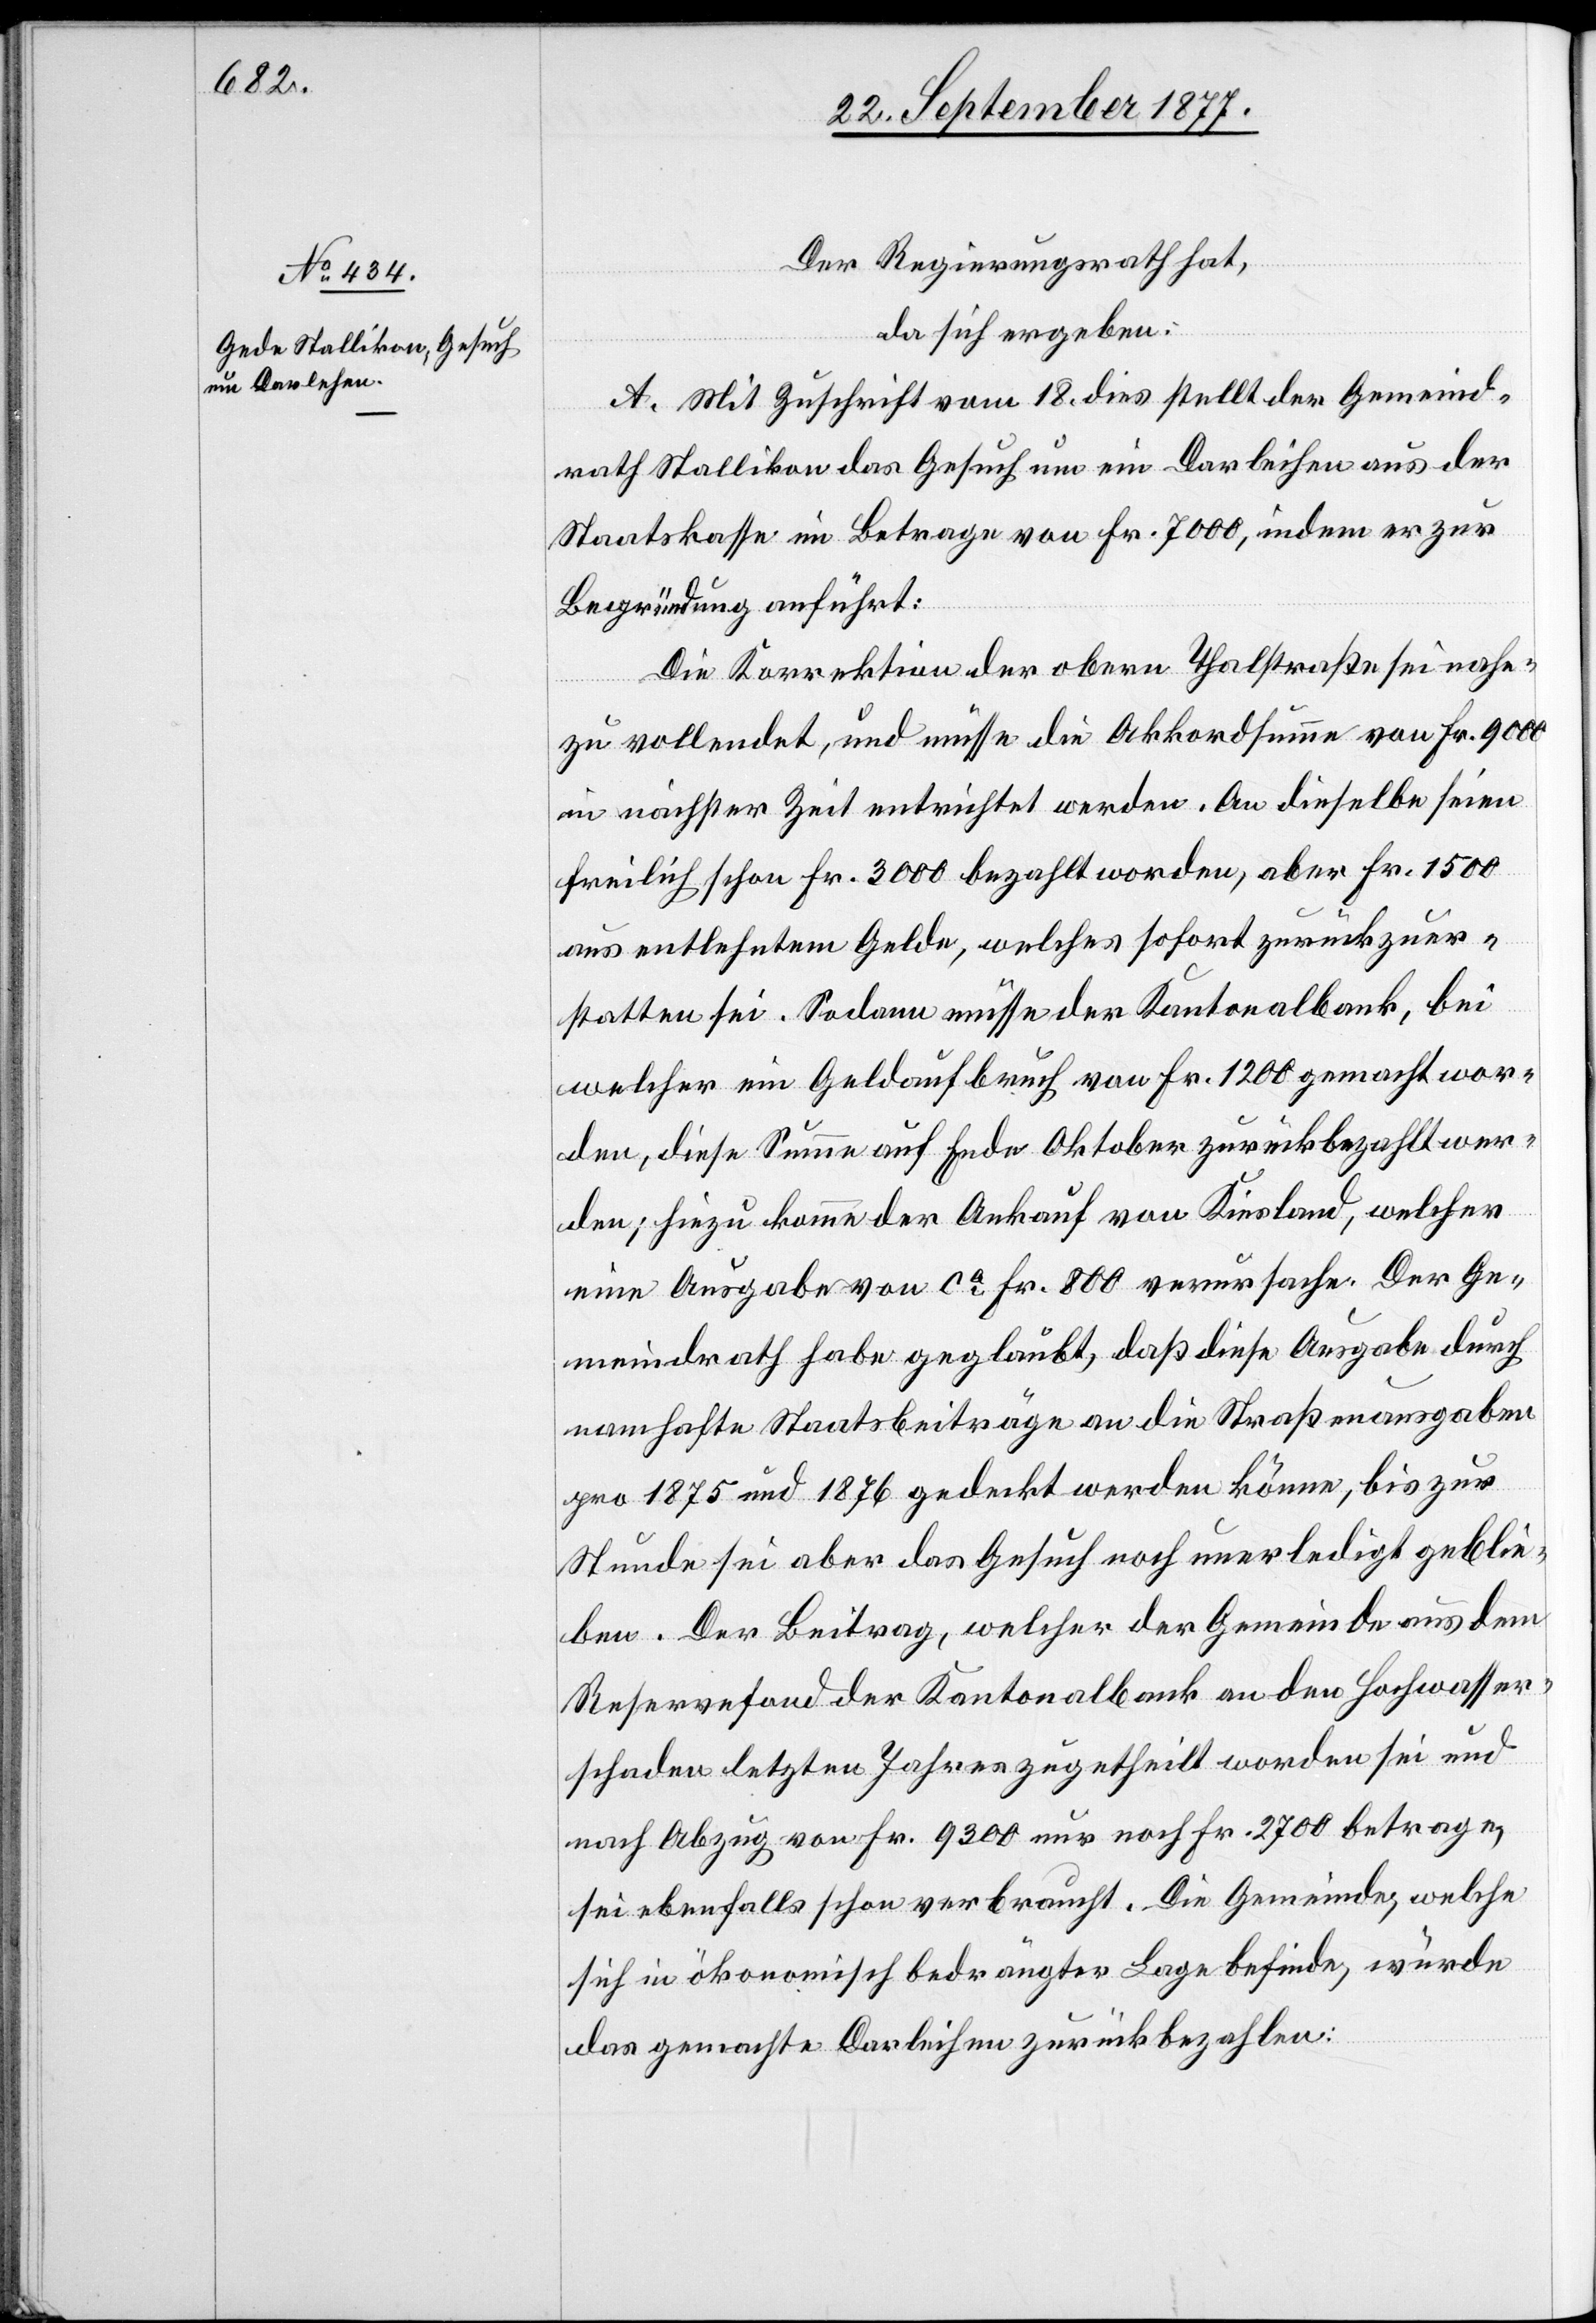
Der Regierungsrath hat,
da sich ergeben:
A. Mit Zuschrift vom 18. dies stellt der Gemeind¬
rath Stallikon das Gesuch um ein Darleihen aus der
Staatskasse im Betrage von Fr. 7000, indem er zur
Begründung anführt:
Die Korrektion der obern Thalstraße sei nahe¬
zu vollendet, und müsse die Akkordsumme von Fr. 9000
in nächster Zeit entrichtet werden. An dieselbe seien
freilich schon Fr. 3000 bezahlt worden, aber Fr. 1500
aus entlehntem Gelde, welches sofort zurückzuer¬
statten sei. Sodann müsse der Kantonalbank, bei
welcher ein Geldaufbruch von Fr. 1200 gemacht wor¬
den, diese Summe auf Ende Oktober zurückbezahlt wer¬
den; hiezu komme der Ankauf von Kiesland, welcher
eine Ausgabe von ca Fr. 800 verursache. Der Ge¬
meindrath habe geglaubt, daß diese Ausgabe durch
namhafte Staatsbeiträge an die Straßenausgaben
pro 1875 und 1876 gedeckt werden könne, bis zur
Stunde sei aber das Gesuch noch unerledigt geblie¬
ben. Der Beitrag, welcher der Gemeinde aus dem
Reservefond der Kantonalbank an den Hochwasser¬
schaden letzten Jahres zugetheilt worden sei und
nach Abzug von Fr. 9300 nur noch Fr. 2700 betrage,
sei ebenfalls schon verbraucht. Die Gemeinde, welche
sich in ökonomisch bedrängter Lage befinde, würde
das gemachte Darleihen zurückbezahlen: